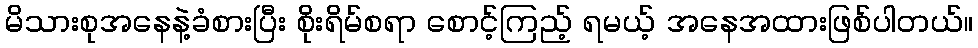
မိသားစုအနေနဲ့ခံစားပြီး စိုးရိမ်စရာ စောင့်ကြည့် ရမယ့် အနေအထားဖြစ်ပါတယ်။